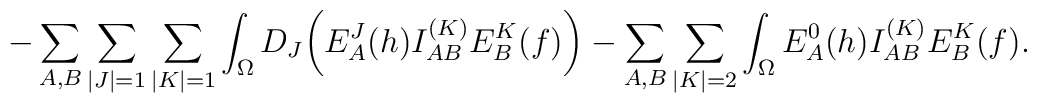
-\sum_{A,B}\sum_{\vert J \vert =1}\sum_{\vert K \vert =1}\int_{\Omega} D_J\biggl( E^J_A(h)I^{(K)}_{AB}E^K_B(f)\biggr) -\sum_{A,B}\sum_{\vert K \vert =2}\int_{\Omega} E^0_A(h)I^{(K)}_{AB}E^K_B(f) .